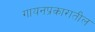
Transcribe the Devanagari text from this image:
गायनप्रकारातील